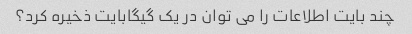
چند بایت اطلاعات را می توان در یک گیگابایت ذخیره کرد؟